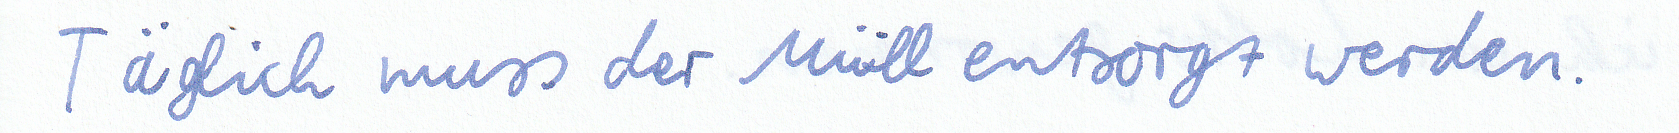
Täglich muß der Müll entsorgt werden.